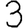
Digit: 3